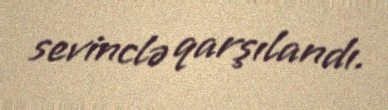
sevinclə qarşılandı.